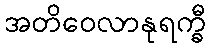
အတိဝေလာနုရက္ခီ